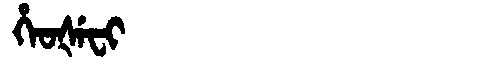
Manchu: ᡥᡝᠣᡧᡝᠸᡳ
Romanization: HEOŠEFI